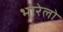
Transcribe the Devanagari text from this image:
भारेलो